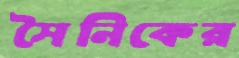
সৈনিকের